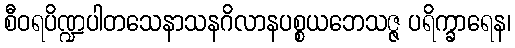
စီဝရပိဏ္ဍပါတသေနာသနဂိလာနပစ္စယဘေသဇ္ဇ ပရိက္ခာရေန၊